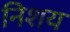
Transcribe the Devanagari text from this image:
निशय